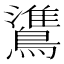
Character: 𬷯